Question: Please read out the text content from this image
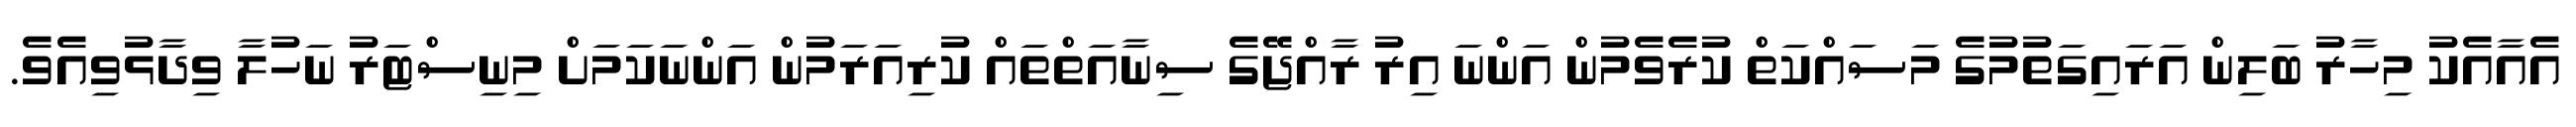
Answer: އެއާއެކު މިހާރު ބަލިން އަރައިގަތުމުގެ މަސައްކަތް ކުރެވެމުން އަންނަ އިރު ރާއްޖޭގެ ސިނާއަތްތައް ކުރިއަރަމުން އަންނަކަމަށް މިނިސްޓަރު ނަހުލާ ވިދާޅުވިއެވެ.